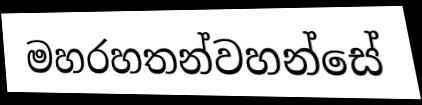
මහරහතන්වහන්සේ